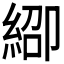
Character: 𬗞